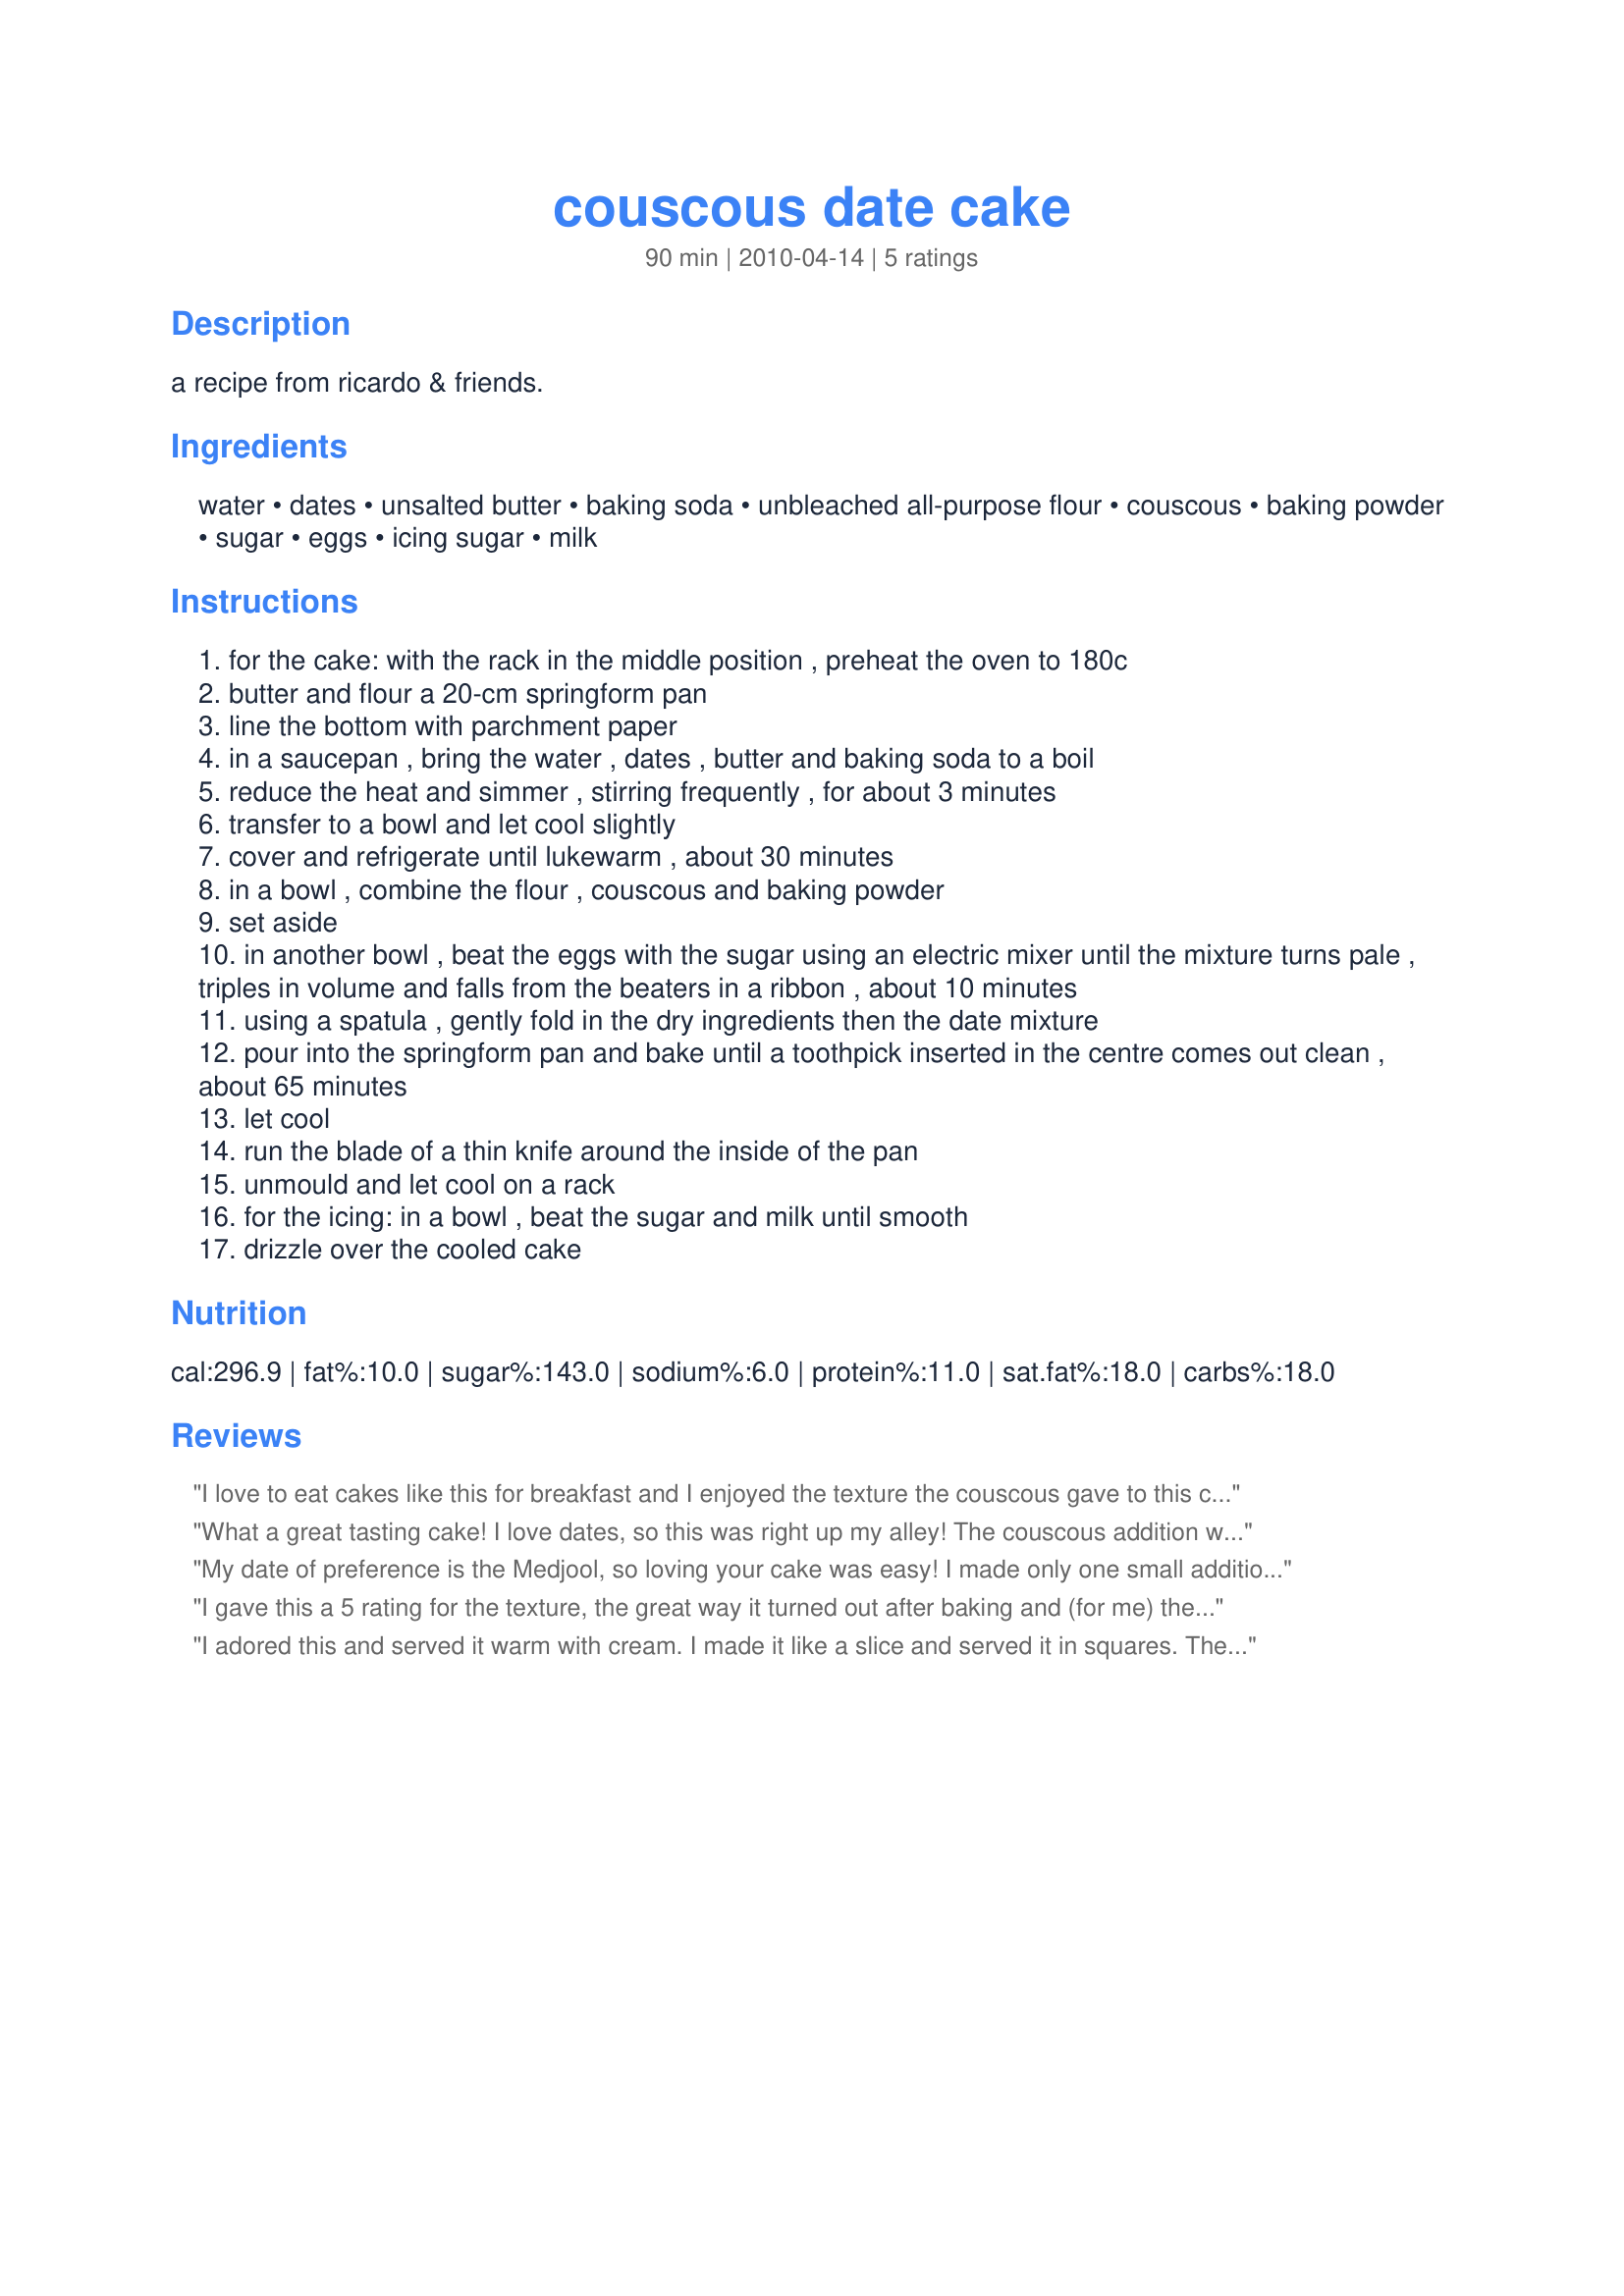
couscous date cake
Preparation time: 90 minutes

a recipe from ricardo & friends.

Ingredients:
water, dates, unsalted butter, baking soda, unbleached all-purpose flour, couscous, baking powder, sugar, eggs, icing sugar, milk

Steps:
for the cake: with the rack in the middle position , preheat the oven to 180c
butter and flour a 20-cm springform pan
line the bottom with parchment paper
in a saucepan , bring the water , dates , butter and baking soda to a boil
reduce the heat and simmer , stirring frequently , for about 3 minutes
transfer to a bowl and let cool slightly
cover and refrigerate until lukewarm , about 30 minutes
in a bowl , combine the flour , couscous and baking powder
set aside
in another bowl , beat the eggs with the sugar using an electric mixer until the mixture turns pale , triples in volume and falls from the beaters in a ribbon , about 10 minutes
using a spatula , gently fold in the dry ingredients then the date mixture
pour into the springform pan and bake until a toothpick inserted in the centre comes out clean , about 65 minutes
let cool
run the blade of a thin knife around the inside of the pan
unmould and let cool on a rack
for the icing: in a bowl , beat the sugar and milk until smooth
drizzle over the cooled cake

Reviews:
I love to eat cakes like this for breakfast and I enjoyed the texture the couscous gave to this cake. Mr. Picky Eater wasn't quite sure what to make of it. We both thought it would benefit from a bit of spice such as cinnamon or ginger. It baked up nice and high with an even top using the springform pan! Made by an Unruly Under the Influence, ( I bet this would be just as good with a cocktail as it would with a cup of coffee!) ZWT 6
What a great tasting cake! I love dates, so this was right up my alley! The couscous addition was a little strange, but certainly worked for me. Thnx for sharing your recipe, Boomette. Made for the Voracious Vagabonds of ZWT 6.
My date of preference is the Medjool, so loving your cake was easy! I made only one small addition to the whole thing in adding just enough cinnamon to the icing so we could taste it! Will definitely make this one again! Thanks for sharing the recipe! [Made & reviewed in Everyday Is a Holiday recipe tag]
I gave this a 5 rating for the texture, the great way it turned out after baking and (for me) the originality. Being a spice lover I took the tip from Cookiedog and added cinnamon, ground ginger and some anise seeds. Splenda replaced the sugar and I used whole wheat couscous. I've had people in and out of the house all day long, some of whom I know well enough to offer cake to, and it's already mostly gone. Thanks so much Boomie for something out of the ordinary and yummy.
I adored this and served it warm with cream. I made it like a slice and served it in squares. The couscous sort of gives the same texture you find in tapioca pudding. It really was a fabulous dessert. I only used 3 eggs as that was all I had in the fridge. Made for the Couscous Challenge ZWT6.
